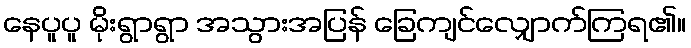
နေပူပူ မိုးရွာရွာ အသွားအပြန် ခြေကျင်လျှောက်ကြရ၏။